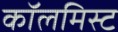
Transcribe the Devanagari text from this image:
कॉलमिस्ट